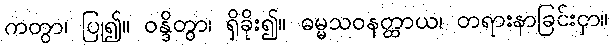
ကတွာ၊ ပြု၍။ ဝန္ဒိတွာ၊ ရှိခိုး၍။ ဓမ္မသဝနတ္ထာယ၊ တရားနာခြင်းငှာ။